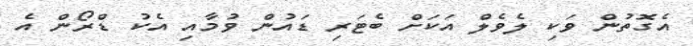
އެގޮތުން ވަކި ލެވެލް އަކަށް ބެޓަރި ޑައުން ވުމާއި އެކު ޑްރޯން އެ